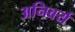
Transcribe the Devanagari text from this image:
अनिवर्य